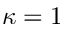
\kappa = 1